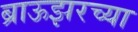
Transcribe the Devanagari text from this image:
ब्राऊझरच्या